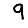
Digit: 9